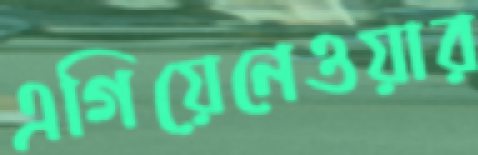
এগিয়েনেওয়ার